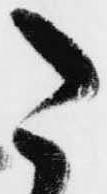
た